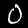
Label: 0